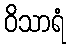
ဝိသာရံ